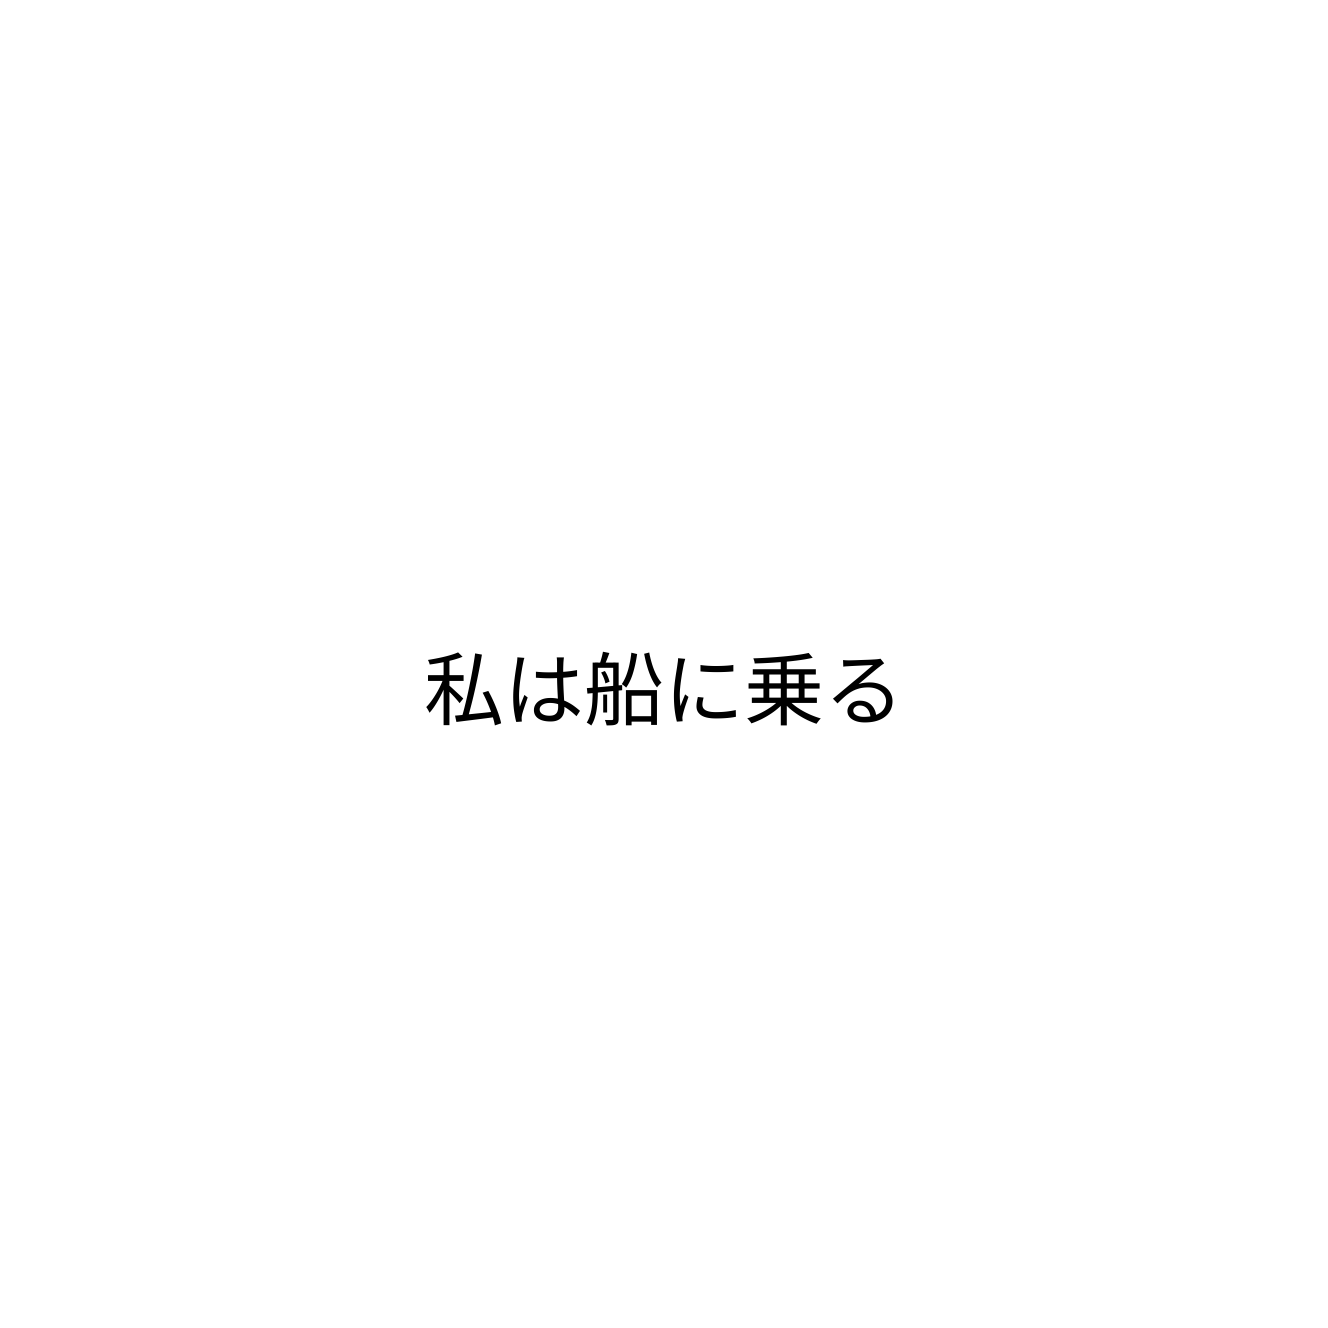
私は船に乗る